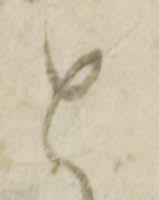
と